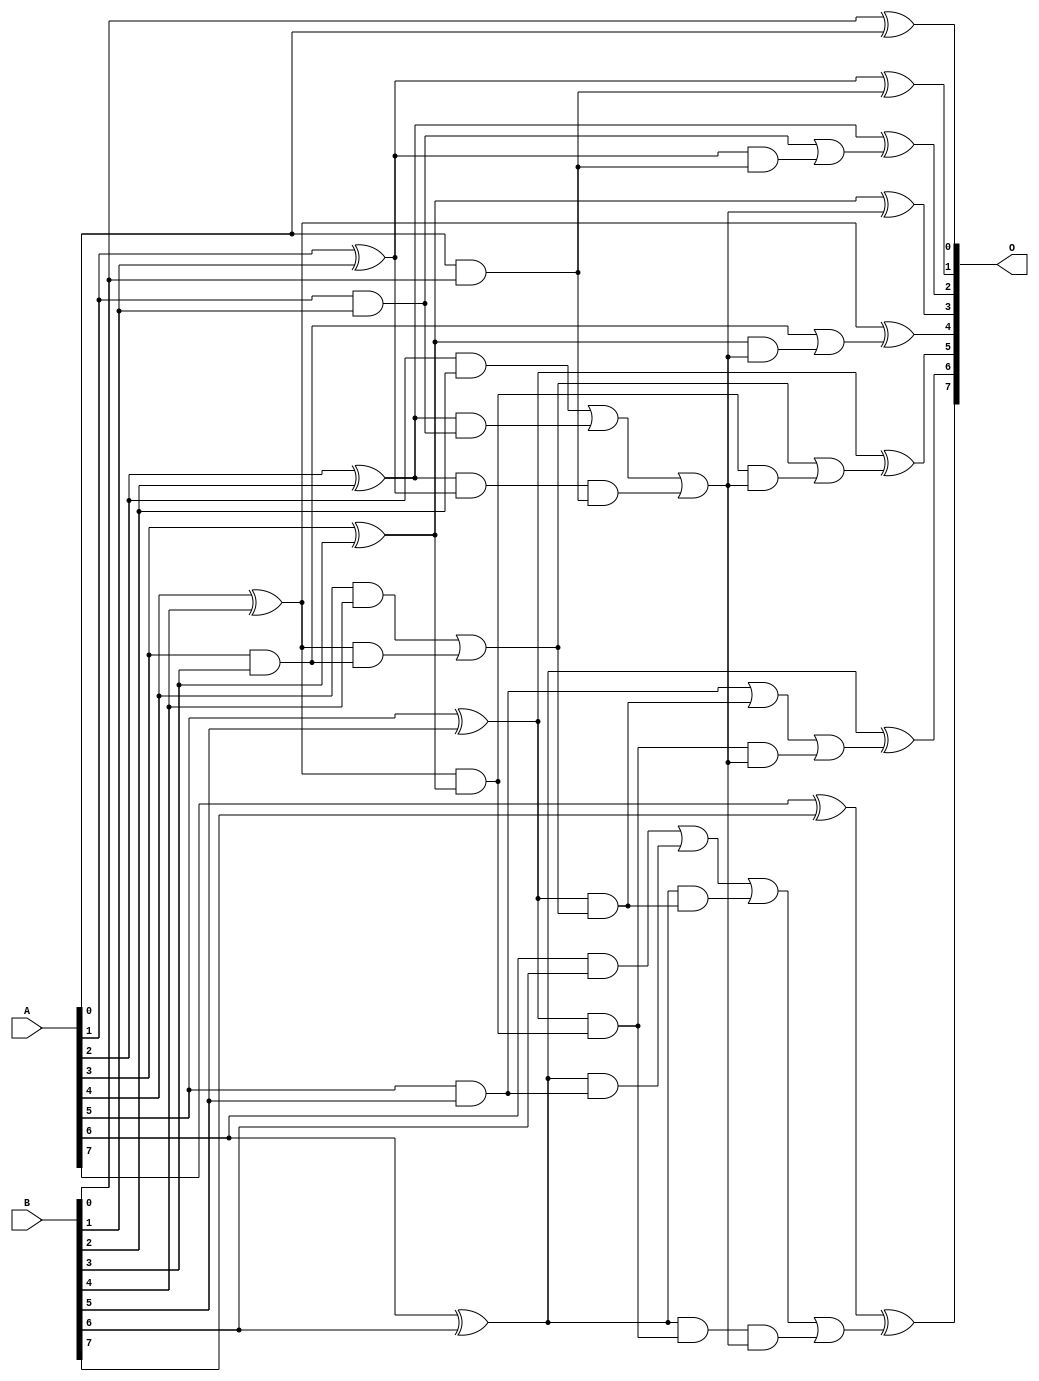
/***
* This code is a part of EvoApproxLib library (ehw.fit.vutbr.cz/approxlib) distributed under The MIT License.
* When used, please cite the following article(s): V. Mrazek, L. Sekanina, Z. Vasicek "Libraries of Approximate Circuits: Automated Design and Application in CNN Accelerators" IEEE Journal on Emerging and Selected Topics in Circuits and Systems, Vol 10, No 4, 2020 
* This file contains a circuit from a sub-set of pareto optimal circuits with respect to the pwr and mae parameters
***/
// MAE% = 0.00 %
// MAE = 0 
// WCE% = 0.00 %
// WCE = 0 
// WCRE% = 0.00 %
// EP% = 0.00 %
// MRE% = 0.00 %
// MSE = 0 
// PDK45_PWR = 0.034 mW
// PDK45_AREA = 70.4 um2
// PDK45_DELAY = 0.65 ns

module add8s_83C (
    A,
    B,
    O
);

input [7:0] A;
input [7:0] B;
output [7:0] O;

wire sig_16,sig_17,sig_18,sig_19,sig_20,sig_21,sig_22,sig_23,sig_24,sig_25,sig_26,sig_27,sig_28,sig_29,sig_30,sig_31,sig_32,sig_33,sig_34,sig_35;
wire sig_36,sig_37,sig_39,sig_40,sig_41,sig_42,sig_43,sig_44,sig_45,sig_46,sig_47,sig_48,sig_49,sig_50,sig_51,sig_52,sig_53,sig_54,sig_55,sig_56;
wire sig_57,sig_58,sig_59,sig_60,sig_61,sig_62,sig_63,sig_64;

assign sig_16 = A[0] & B[0];
assign sig_17 = B[0] ^ A[0];
assign sig_18 = A[1] & B[1];
assign sig_19 = A[1] ^ B[1];
assign sig_20 = A[2] & B[2];
assign sig_21 = A[2] ^ B[2];
assign sig_22 = A[3] & B[3];
assign sig_23 = A[3] ^ B[3];
assign sig_24 = A[4] & B[4];
assign sig_25 = A[4] ^ B[4];
assign sig_26 = A[5] & B[5];
assign sig_27 = A[5] ^ B[5];
assign sig_28 = A[6] & B[6];
assign sig_29 = A[6] ^ B[6];
assign sig_30 = A[7] ^ B[7];
assign sig_31 = sig_21 & sig_18;
assign sig_32 = sig_21 & sig_19;
assign sig_33 = sig_20 | sig_31;
assign sig_34 = sig_25 & sig_22;
assign sig_35 = sig_25 & sig_23;
assign sig_36 = sig_24 | sig_34;
assign sig_37 = sig_29 & sig_26;
assign sig_39 = sig_28 | sig_37;
assign sig_40 = sig_19 & sig_16;
assign sig_41 = sig_18 | sig_40;
assign sig_42 = sig_32 & sig_16;
assign sig_43 = sig_33 | sig_42;
assign sig_44 = sig_27 & sig_36;
assign sig_45 = sig_27 & sig_35;
assign sig_46 = sig_26 | sig_44;
assign sig_47 = sig_29 & sig_44;
assign sig_48 = sig_29 & sig_45;
assign sig_49 = sig_39 | sig_47;
assign sig_50 = sig_23 & sig_43;
assign sig_51 = sig_22 | sig_50;
assign sig_52 = sig_35 & sig_43;
assign sig_53 = sig_36 | sig_52;
assign sig_54 = sig_45 & sig_43;
assign sig_55 = sig_46 | sig_54;
assign sig_56 = sig_48 & sig_43;
assign sig_57 = sig_49 | sig_56;
assign sig_58 = sig_19 ^ sig_16;
assign sig_59 = sig_21 ^ sig_41;
assign sig_60 = sig_23 ^ sig_43;
assign sig_61 = sig_25 ^ sig_51;
assign sig_62 = sig_27 ^ sig_53;
assign sig_63 = sig_29 ^ sig_55;
assign sig_64 = sig_30 ^ sig_57;

assign O[7] = sig_64;
assign O[6] = sig_63;
assign O[5] = sig_62;
assign O[4] = sig_61;
assign O[3] = sig_60;
assign O[2] = sig_59;
assign O[1] = sig_58;
assign O[0] = sig_17;

endmodule